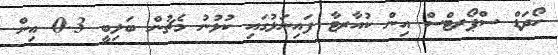
ހޯދަޑް ސްޕޯރޓްސް އިން ކުއާރޓާ ފައިނަލުގައި ކުޅުނު މެޗުން ބަލިބީ 3-0 އިން